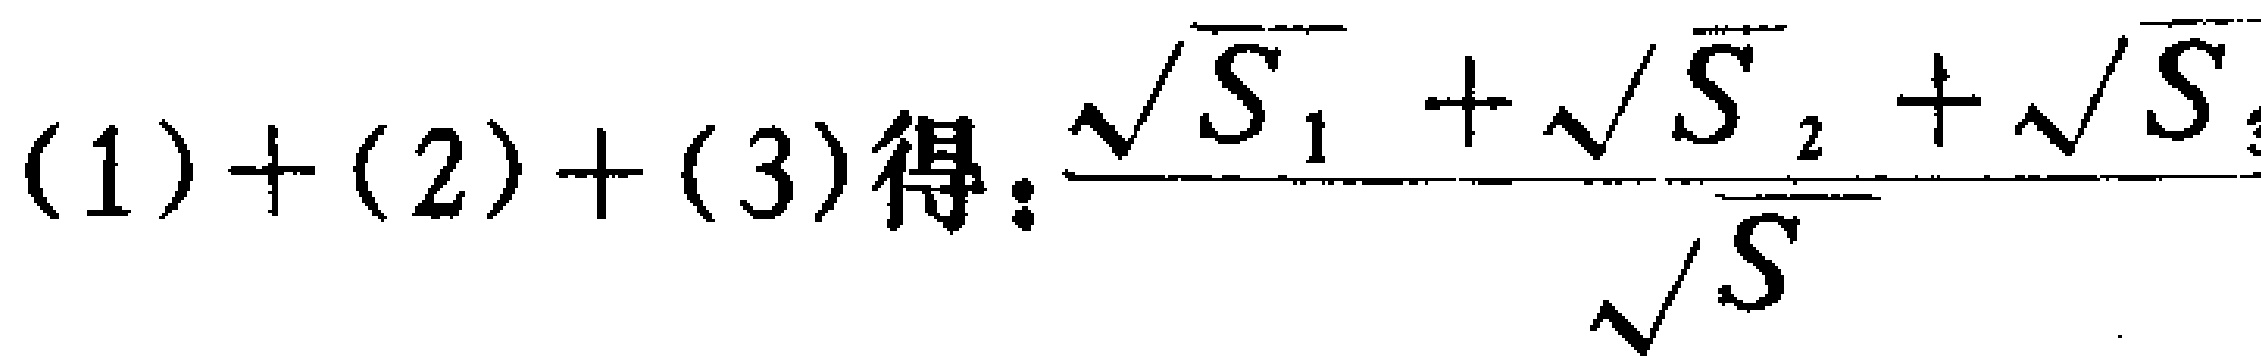
(1)+(2)+(3)得：\(\frac{\sqrt{S_{1}}+\sqrt{S_{2}}+\sqrt{S_{3}}}{\sqrt{S}}\)